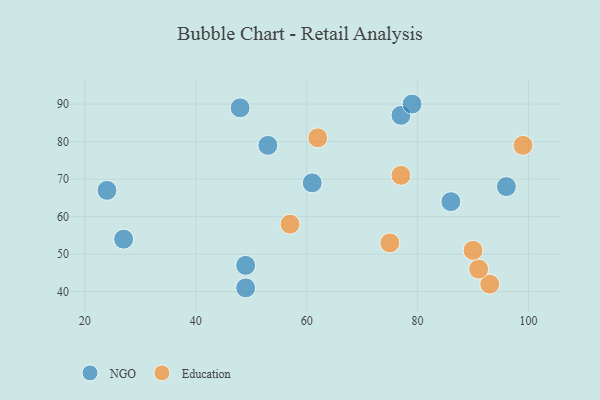
{"axis": {"x": "GDP", "y": "Life Expectancy"}, "legend": ["Education", "NGO"], "data": [{"x": "96", "y": 68, "type": "NGO"}, {"x": "24", "y": 67, "type": "NGO"}, {"x": "77", "y": 87, "type": "NGO"}, {"x": "27", "y": 54, "type": "NGO"}, {"x": "49", "y": 47, "type": "NGO"}, {"x": "79", "y": 90, "type": "NGO"}, {"x": "61", "y": 69, "type": "NGO"}, {"x": "49", "y": 41, "type": "NGO"}, {"x": "48", "y": 89, "type": "NGO"}, {"x": "53", "y": 79, "type": "NGO"}, {"x": "86", "y": 64, "type": "NGO"}, {"x": "77", "y": 71, "type": "Education"}, {"x": "62", "y": 81, "type": "Education"}, {"x": "99", "y": 79, "type": "Education"}, {"x": "93", "y": 42, "type": "Education"}, {"x": "91", "y": 46, "type": "Education"}, {"x": "75", "y": 53, "type": "Education"}, {"x": "57", "y": 58, "type": "Education"}, {"x": "90", "y": 51, "type": "Education"}]}